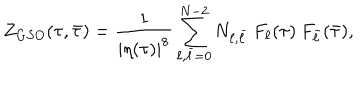
LaTeX: Z _ { G S O } ( \tau , \bar { \tau } ) = \frac { 1 } { | \eta ( \tau ) | ^ { 8 } } \sum _ { \ell , \bar { \ell } = 0 } ^ { N - 2 } N _ { \ell , \bar { \ell } } \: F _ { \ell } ( \tau ) \: F _ { \bar { \ell } } ( \bar { \tau } ) ,